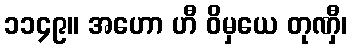
၁၁၄၉။ အဟော ဟီ ဝိမှယေ တုဏှီ၊